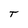
Character: T